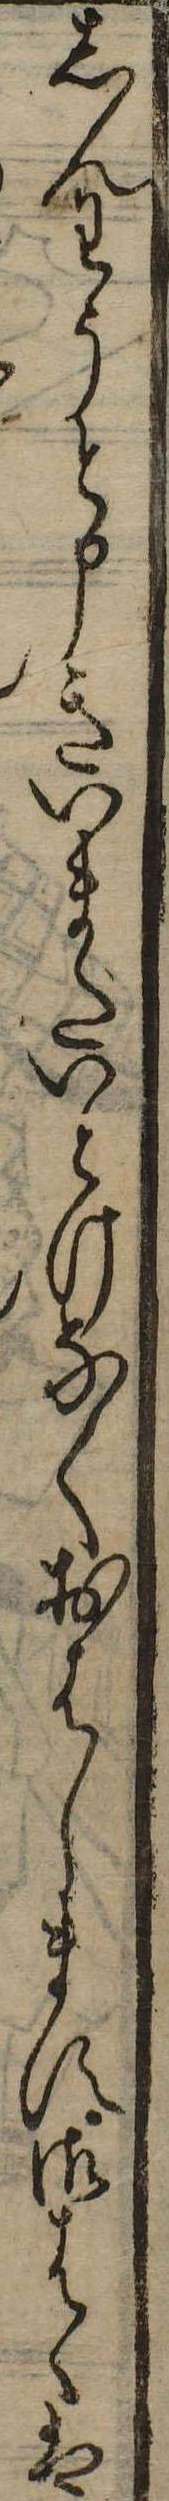
しんわうと申きいまたいとけなくおはします御はゝは